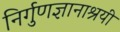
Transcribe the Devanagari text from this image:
निर्गुणज्ञानाश्रयी